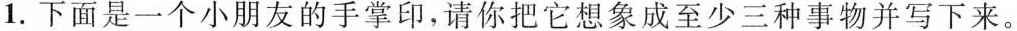
1.下面是一个小朋友的手掌印，请你把它想象成至少三种事物并写下来。